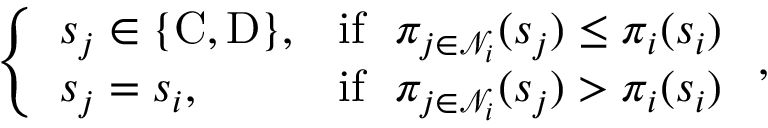
\left\{ \begin{array} { l l } { s _ { j } \in \{ \mathrm { C } , \mathrm { D } \} , } & { \mathrm { i f } ~ ~ \pi _ { j \in \mathcal { N } _ { i } } ( s _ { j } ) \leq \pi _ { i } ( s _ { i } ) } \\ { s _ { j } = s _ { i } , } & { \mathrm { i f } ~ ~ \pi _ { j \in \mathcal { N } _ { i } } ( s _ { j } ) > \pi _ { i } ( s _ { i } ) } \end{array} \right. ,